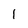
Character: 1